Vaccination North-Western Provinces and Oudh 1896-1901 - 1896-1901
Year: 1896
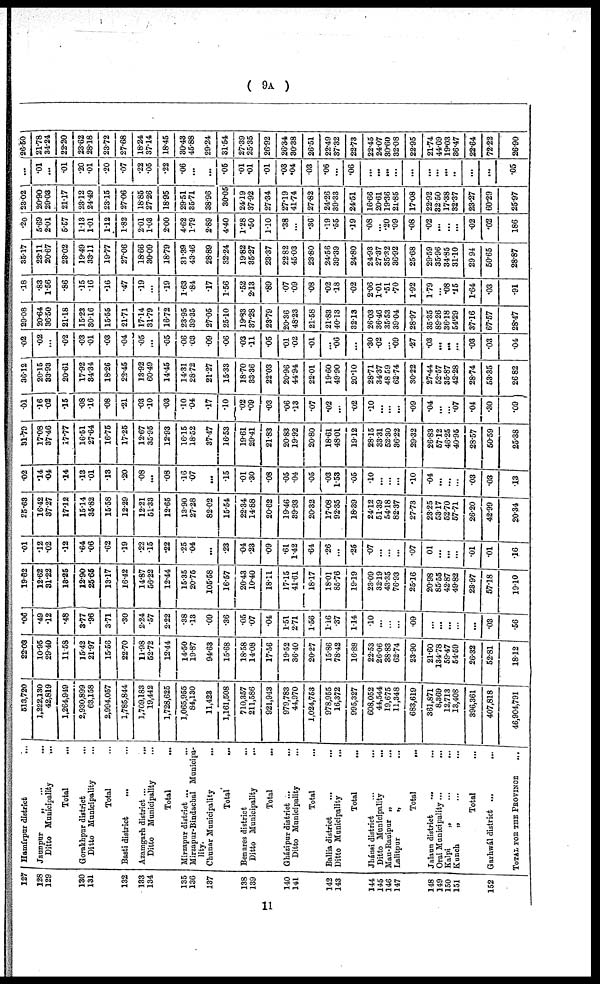
( 9A )
127
128
129
130
131
132
133
134
135
136
137
138
139
140
141
142
143
144
145
146
147
148
149
150
151
152
Hamírpur district ... ...
Jaunpur
„
...
...
Ditto Municipality
... ...
Total ...
Gorakhpur district
... ...
Ditto Municipality ... ...
Total ...
Basti district
... ...
Azamgarh district
...
...
Ditto Municipality ... ...
Total ...
Mirzapur district ... ...
Mirzapur-Bindachal Municipa-
lity.
Chunar Municipality
... ...
Total ...
Benares district ... ...
Ditto Municipality
... ...
Total ...
Gházipur district
...
...
Ditto Municipality ... ...
Total ...
Ballia district ... ...
Ditto Municipality ... ...
Total ...
Jhánsi district
...
...
Ditto Municipality
... ...
Mau-Ranípur
„
...
Lalitpur „ ...
Total ...
Jalaun district
...
...
Orai Municipality ... ...
Kalpi
„
...
Kunch
„ ...
Total ...
Garhwál district
...
...
TOTAL FOR THE PROVINCE ...
513,720
1,222,130
42,819
1,264,949
2,930,899
63,158
2,994,057
1,785,844
1,709,183
19,442
1,728,625
1,065,955
84,130
11,423
1,161,508
710,357
211,586
921,943
979,783
44,970
1,024,753
978,955
16,372
995,327
608,052
44,544
19,675
11,348
683,619
361,871
8,369
12,713
13,408
396,361
407,818
46,904,791
22.03
10.95
29.40
11.58
15.42
21.97
15.56
22.70
11.98
52.72
12.44
14.50
19.87
94.63
15.68
18.58
14.08
17.56
19.52
36.40
20.27
15.86
78.42
16.88
22.53
26.06
38.83
62.74
23.90
21.60
134.78
59.47
54.59
26.32
52.81
18.12
.06
.49
.12
.48
3.77
.96
3.71
.30
2.24
.57
2.22
.38
.13
.09
.36
.05
.07
.04
1.51
2.71
1.56
1.16
.37
1.14
.10
...
...
...
.09
...
...
...
...
...
.03
.56
19.62
12.62
31.22
13.25
12.90
25.65
13.17
16.42
14.87
56.22
12.44
15.35
20.75
105.58
16.57
20.43
10.40
18.11
17.15
41.61
18.17
18.01
85.76
19.19
23.09
32.19
43.35
76.93
25.16
20.98
85.55
42.87
49.82
23.97
57.18
19.10
.01
.12
.02
.12
.64
.06
.62
.19
.22
.15
.22
.25
.04
...
.23
.04
.23
.09
.61
1.42
.64
.26
...
.25
.07
...
...
...
.07
.01
...
...
...
.01
.01
.16
25.63
16.42
37.27
17.12
15.14
35.82
15.58
12.29
12.21
51.33
12.65
13.90
27.28
82.02
15.54
22.34
14.88
20.62
19.46
39.93
20.32
17.08
92.35
18.39
24.12
51.39
54.18
82.37
27.73
23.25
53.17
52.70
57.71
26.20
42.99
20.34
.02
.14
.04
.14
.13
.01
.13
.20
.08
...
.08
.16
.07
...
.15
.01
.30
.08
.05
.04
.05
.03
1.53
.05
.10
...
...
...
.10
.04
...
...
...
.03
.03
.13
31.79
17.08
37.46
17.77
16.51
27.64
16.75
17.25
12.67
35.95
12.93
16.15
18.52
37.47
16.53
19.61
29.41
21.83
20.83
19.92
20.80
18.61
48.01
19.12
28.15
33.31
52.30
36.22
29.32
26.83
57.12
46.25
40.95
28.57
50.59
25.38
.01
.16
.02
.15
.08
.16
.08
.21
.03
.10
.03
.10
.04
.17
.10
.02
.09
.03
.06
.13
.07
.02
...
.02
.10
...
...
...
.09
.04
...
...
.07
.04
.30
.09
36.12
20.15
33.93
20.61
17.92
34.34
18.26
23.45
13.92
60.49
14.45
14.31
28.72
21.27
15.33
18.70
33.36
22.03
20.96
44.94
22.01
19.60
49.90
20.10
28.71
34.37
48.59
62.74
30.22
27.44
52.57
35.87
42.28
28.74
53.35
26.82
.02
.02
...
.02
.03
.01
.03
.04
.05
...
.05
.06
.03
.09
.06
.03
.11
.05
.01
.02
.01
...
.06
...
.30
.02
...
.09
.27
.03
...
...
...
.03
.03
.04
29.08
20.64
36.50
21.18
15.23
30.16
15.55
21.71
17.14
31.79
16.72
23.95
39.35
27.05
25.10
19.83
37.28
23.79
20.36
48.23
21.58
21.83
40.13
32.13
26.03
36.46
35.53
39.04
28.97
35.35
89.26
36.18
54.29
37.16
67.57
28.47
.18
.83
1.56
.86
.15
.16
.16
.47
.19
...
.19
1.63
.84
.17
1.56
.52
2.13
.89
.07
.09
.08
.02
.18
.02
2.06
1.01
.51
.70
1.92
1.79
...
.08
.15
1.64
.03
.91
35.17
23.11
20.67
23.02
19.49
33.11
19.77
27.06
18.66
30.09
18.79
31.39
43.46
28.89
32.24
19.82
35.27
23.37
22.82
45.03
23.80
24.56
39.39
24.80
24.93
27.37
35.32
36.92
25.68
29.59
35.96
34.85
31.10
29.94
50.65
28.87
.20
5.69
2.01
5.57
1.13
1.01
1.12
1.82
2.01
1.03
2.00
4.62
1.79
2.89
4.40
1.28
.50
1.10
.38
...
.36
.19
.55
.19
.08
...
.20
.09
.08
.02
...
...
...
.02
.02
186
23.02
20.90
29.03
21.17
23.12
24.49
23.15
27.06
18.85
27.26
18.95
29.51
35.71
38.96
30.05
24.19
37.92
27.34
27.19
41.74
27.82
24.26
39.33
24.51
16.66
20.61
19.36
21.85
17.08
22.92
32.50
17.38
32.37
23.27
60.29
25.97
...
.01
...
.01
.20
.01
.20
.07
.22
.05
.22
.06
...
...
.05
.01
.01
.01
.03
.04
.03
.06
...
.06
...
...
...
...
...
...
...
...
...
...
...
.05
26.50
21.78
34.24
22.20
23.62
28.18
23.72
27.68
18.24
37.14
18.45
30.43
45.88
29.24
31.54
27.39
25.35
26.92
26.34
30.38
26.51
22.49
37.32
22.73
22.45
24.07
30.60
32.08
22.95
21.74
44.69
19.03
36.47
22.64
72.22
26.90
11